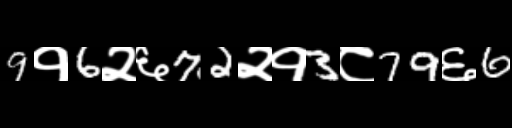
Text: 9१6२६72२१3८79६6